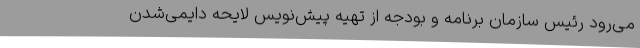
می‌رود رئیس سازمان برنامه و بودجه از تهیه پیش‌نویس لایحه دایمی‌شدن